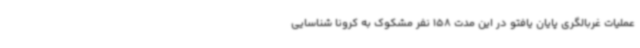
عملیات غربالگری پایان یافتو در این مدت 158 نفر مشکوک به کرونا شناسایی